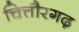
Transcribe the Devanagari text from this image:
चित्तौरगढ़